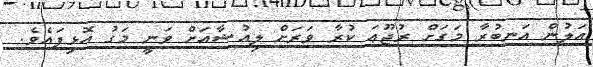
އަލުން އަނބުރާ މަގަށް ރުޖޫޢަ ކުރާ ވަރަށް ލިއުޝާއަށް ވަނީ މަގު އޮޅިފައެވެ.